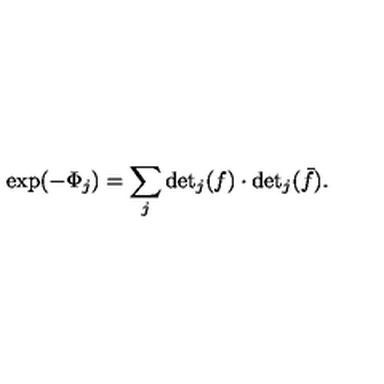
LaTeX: \exp ( - \Phi _ { j } ) = \sum _ { j } \mathrm { d e t } _ { j } ( f ) \cdot \mathrm { d e t } _ { j } ( \bar { f } ) .